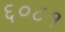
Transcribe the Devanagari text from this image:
६०८१